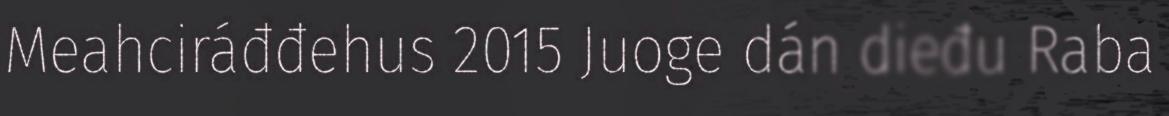
Meahciráđđehus 2015 Juoge dán dieđu Raba